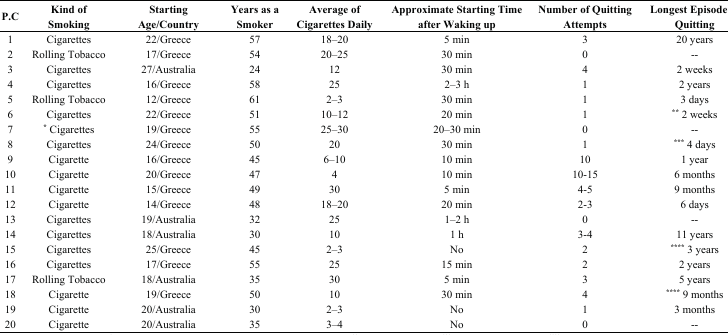
<table><thead><tr><td><b>P.C</b></td><td><b>Kind of Smoking</b></td><td><b>Starting Age/Country</b></td><td><b>Years as a Smoker</b></td><td><b>Average of Cigarettes Daily</b></td><td><b>Approximate Starting Time after Waking up</b></td><td><b>Number of Quitting Attempts</b></td><td><b>Longest Episode of Quitting</b></td></tr></thead><tbody><tr><td>1</td><td>Cigarettes</td><td>22/Greece</td><td>57</td><td>18–20</td><td>5 min</td><td>3</td><td>20 years</td></tr><tr><td>2</td><td>Rolling Tobacco</td><td>17/Greece</td><td>54</td><td>20–25</td><td>30 min</td><td>0</td><td>--</td></tr><tr><td>3</td><td>Cigarettes</td><td>27/Australia</td><td>24</td><td>12</td><td>30 min</td><td>4</td><td>2 weeks</td></tr><tr><td>4</td><td>Cigarettes</td><td>16/Greece</td><td>58</td><td>25</td><td>2–3 h</td><td>1</td><td>2 years</td></tr><tr><td>5</td><td>Rolling Tobacco</td><td>12/Greece</td><td>61</td><td>2–3</td><td>30 min</td><td>1</td><td>3 days</td></tr><tr><td>6</td><td>Cigarettes</td><td>22/Greece</td><td>51</td><td>10–12</td><td>20 min</td><td>1</td><td><b><sup>**</sup></b> 2 weeks</td></tr><tr><td>7</td><td><b><sup>*</sup></b> Cigarettes</td><td>19/Greece</td><td>55</td><td>25–30</td><td>20–30 min</td><td>0</td><td>--</td></tr><tr><td>8</td><td>Cigarettes</td><td>24/Greece</td><td>50</td><td>20</td><td>30 min</td><td>1</td><td><b><sup>***</sup></b> 4 days</td></tr><tr><td>9</td><td>Cigarette</td><td>16/Greece</td><td>45</td><td>6–10</td><td>10 min</td><td>10</td><td>1 year</td></tr><tr><td>10</td><td>Cigarette</td><td>20/Greece</td><td>47</td><td>4</td><td>10 min</td><td>10-15</td><td>6 months</td></tr><tr><td>11</td><td>Cigarette</td><td>15/Greece</td><td>49</td><td>30</td><td>5 min</td><td>4-5</td><td>9 months</td></tr><tr><td>12</td><td>Cigarette</td><td>14/Greece</td><td>48</td><td>18–20</td><td>20 min</td><td>2-3</td><td>6 days</td></tr><tr><td>13</td><td>Cigarettes</td><td>19/Australia</td><td>32</td><td>25</td><td>1–2 h</td><td>0</td><td>--</td></tr><tr><td>14</td><td>Cigarettes</td><td>18/Australia</td><td>30</td><td>10</td><td>1 h</td><td>3-4</td><td>11 years</td></tr><tr><td>15</td><td>Cigarettes</td><td>25/Greece</td><td>45</td><td>2–3</td><td>No</td><td>2</td><td><b><sup>****</sup></b> 3 years</td></tr><tr><td>16</td><td>Cigarettes</td><td>17/Greece</td><td>55</td><td>25</td><td>15 min</td><td>2</td><td>2 years</td></tr><tr><td>17</td><td>Rolling Tobacco</td><td>18/Australia</td><td>35</td><td>30</td><td>5 min</td><td>3</td><td>5 years</td></tr><tr><td>18</td><td>Cigarette</td><td>19/Greece</td><td>50</td><td>10</td><td>30 min</td><td>4</td><td><b><sup>****</sup></b> 9 months</td></tr><tr><td>19</td><td>Cigarette</td><td>20/Australia</td><td>30</td><td>2–3</td><td>No</td><td>1</td><td>3 months</td></tr><tr><td>20</td><td>Cigarette</td><td>20/Australia</td><td>35</td><td>3–4</td><td>No</td><td>0</td><td>--</td></tr></tbody></table>